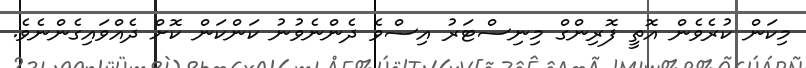
މިކަން ކުރެވެން އޮތީ ފޮރިންގް މިނިސްޓަރު އިސްވެ ދެންނެވުނު ކަންކަން ކޮށް ދެއްވައިގެންނެވެ.